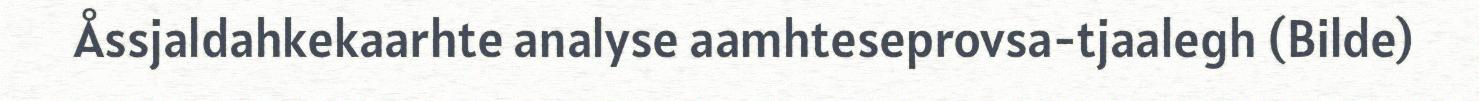
Åssjaldahkekaarhte analyse aamhteseprovsa-tjaalegh (Bilde)